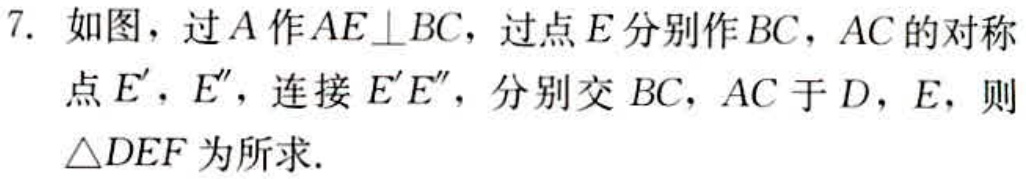
7. 如图，过\(A\)作\(AE\perp BC\)，过点\(E\)分别作\(BC\)，\(AC\)的对称点\(E'\)，\(E''\)，连接\(E'E''\)，分别交\(BC\)，\(AC\)于\(D\)，\(E\)，则\(\triangle DEF\)为所求.